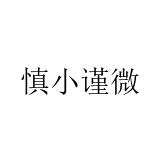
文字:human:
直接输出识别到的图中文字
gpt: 慎小谨微